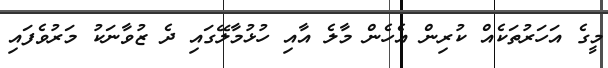
މީގެ އަހަރުތަކެއް ކުރިން އެހެން މާލެ އާއި ހުޅުމާލޭގައި ދެ ޒުވާނަކު މަރުވެފައި